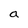
Character: a